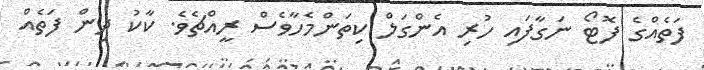
ފަތެއްގެ ފޮޓޯ ނަގާފައި ހުރި އެންގަލް ކިތަންމެހާވެސް ރީއްޗެވެ. ކާކު ދިން ފަތެއް